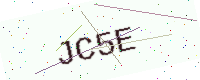
Text: JC5E